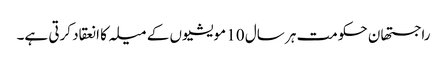
راجستھان حکومت ہر سال 10 مویشیوں کے میلہ کا انعقاد کرتی ہے۔